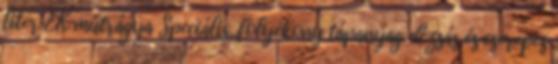
liter EK műtrágya Speciális, folyékony tápanyag dézsás és cserepes